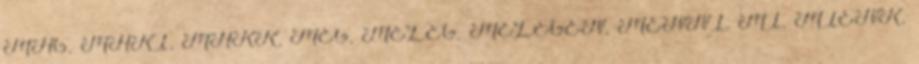
MAG, MAKI, MAKK, MEG, MELEG, MELEGEN, MENNI, MI, MIENK,